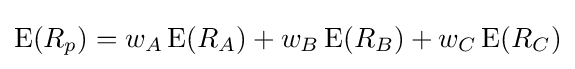
\operatorname {E} (R_{p})=w_{A}\operatorname {E} (R_{A})+w_{B}\operatorname {E} (R_{B})+w_{C}\operatorname {E} (R_{C})